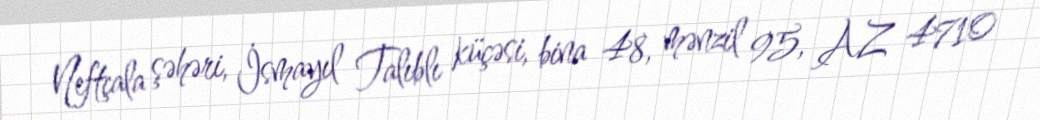
Neftçala şəhəri, İsmayıl Talıblı küçəsi, bina 48, mənzil 95, AZ 4710